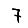
Digit: 7